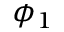
\phi _ { 1 }